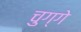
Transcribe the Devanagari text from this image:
चुग्गे